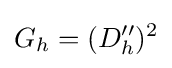
G_{h}=(D_{h}'')^{2}